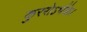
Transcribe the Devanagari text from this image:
कुररोऽर्भके।